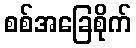
စစ်အခြေစိုက်